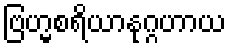
ဗြဟ္မစရိယာနုဂ္ဂဟာယ